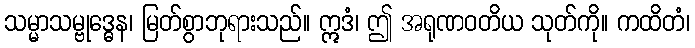
သမ္မာသမ္ဗုဒ္ဓေန၊ မြတ်စွာဘုရားသည်။ ဣဒံ၊ ဤ အရုဏဝတိယ သုတ်ကို။ ကထိတံ၊